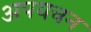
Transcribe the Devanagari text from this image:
अपयचन